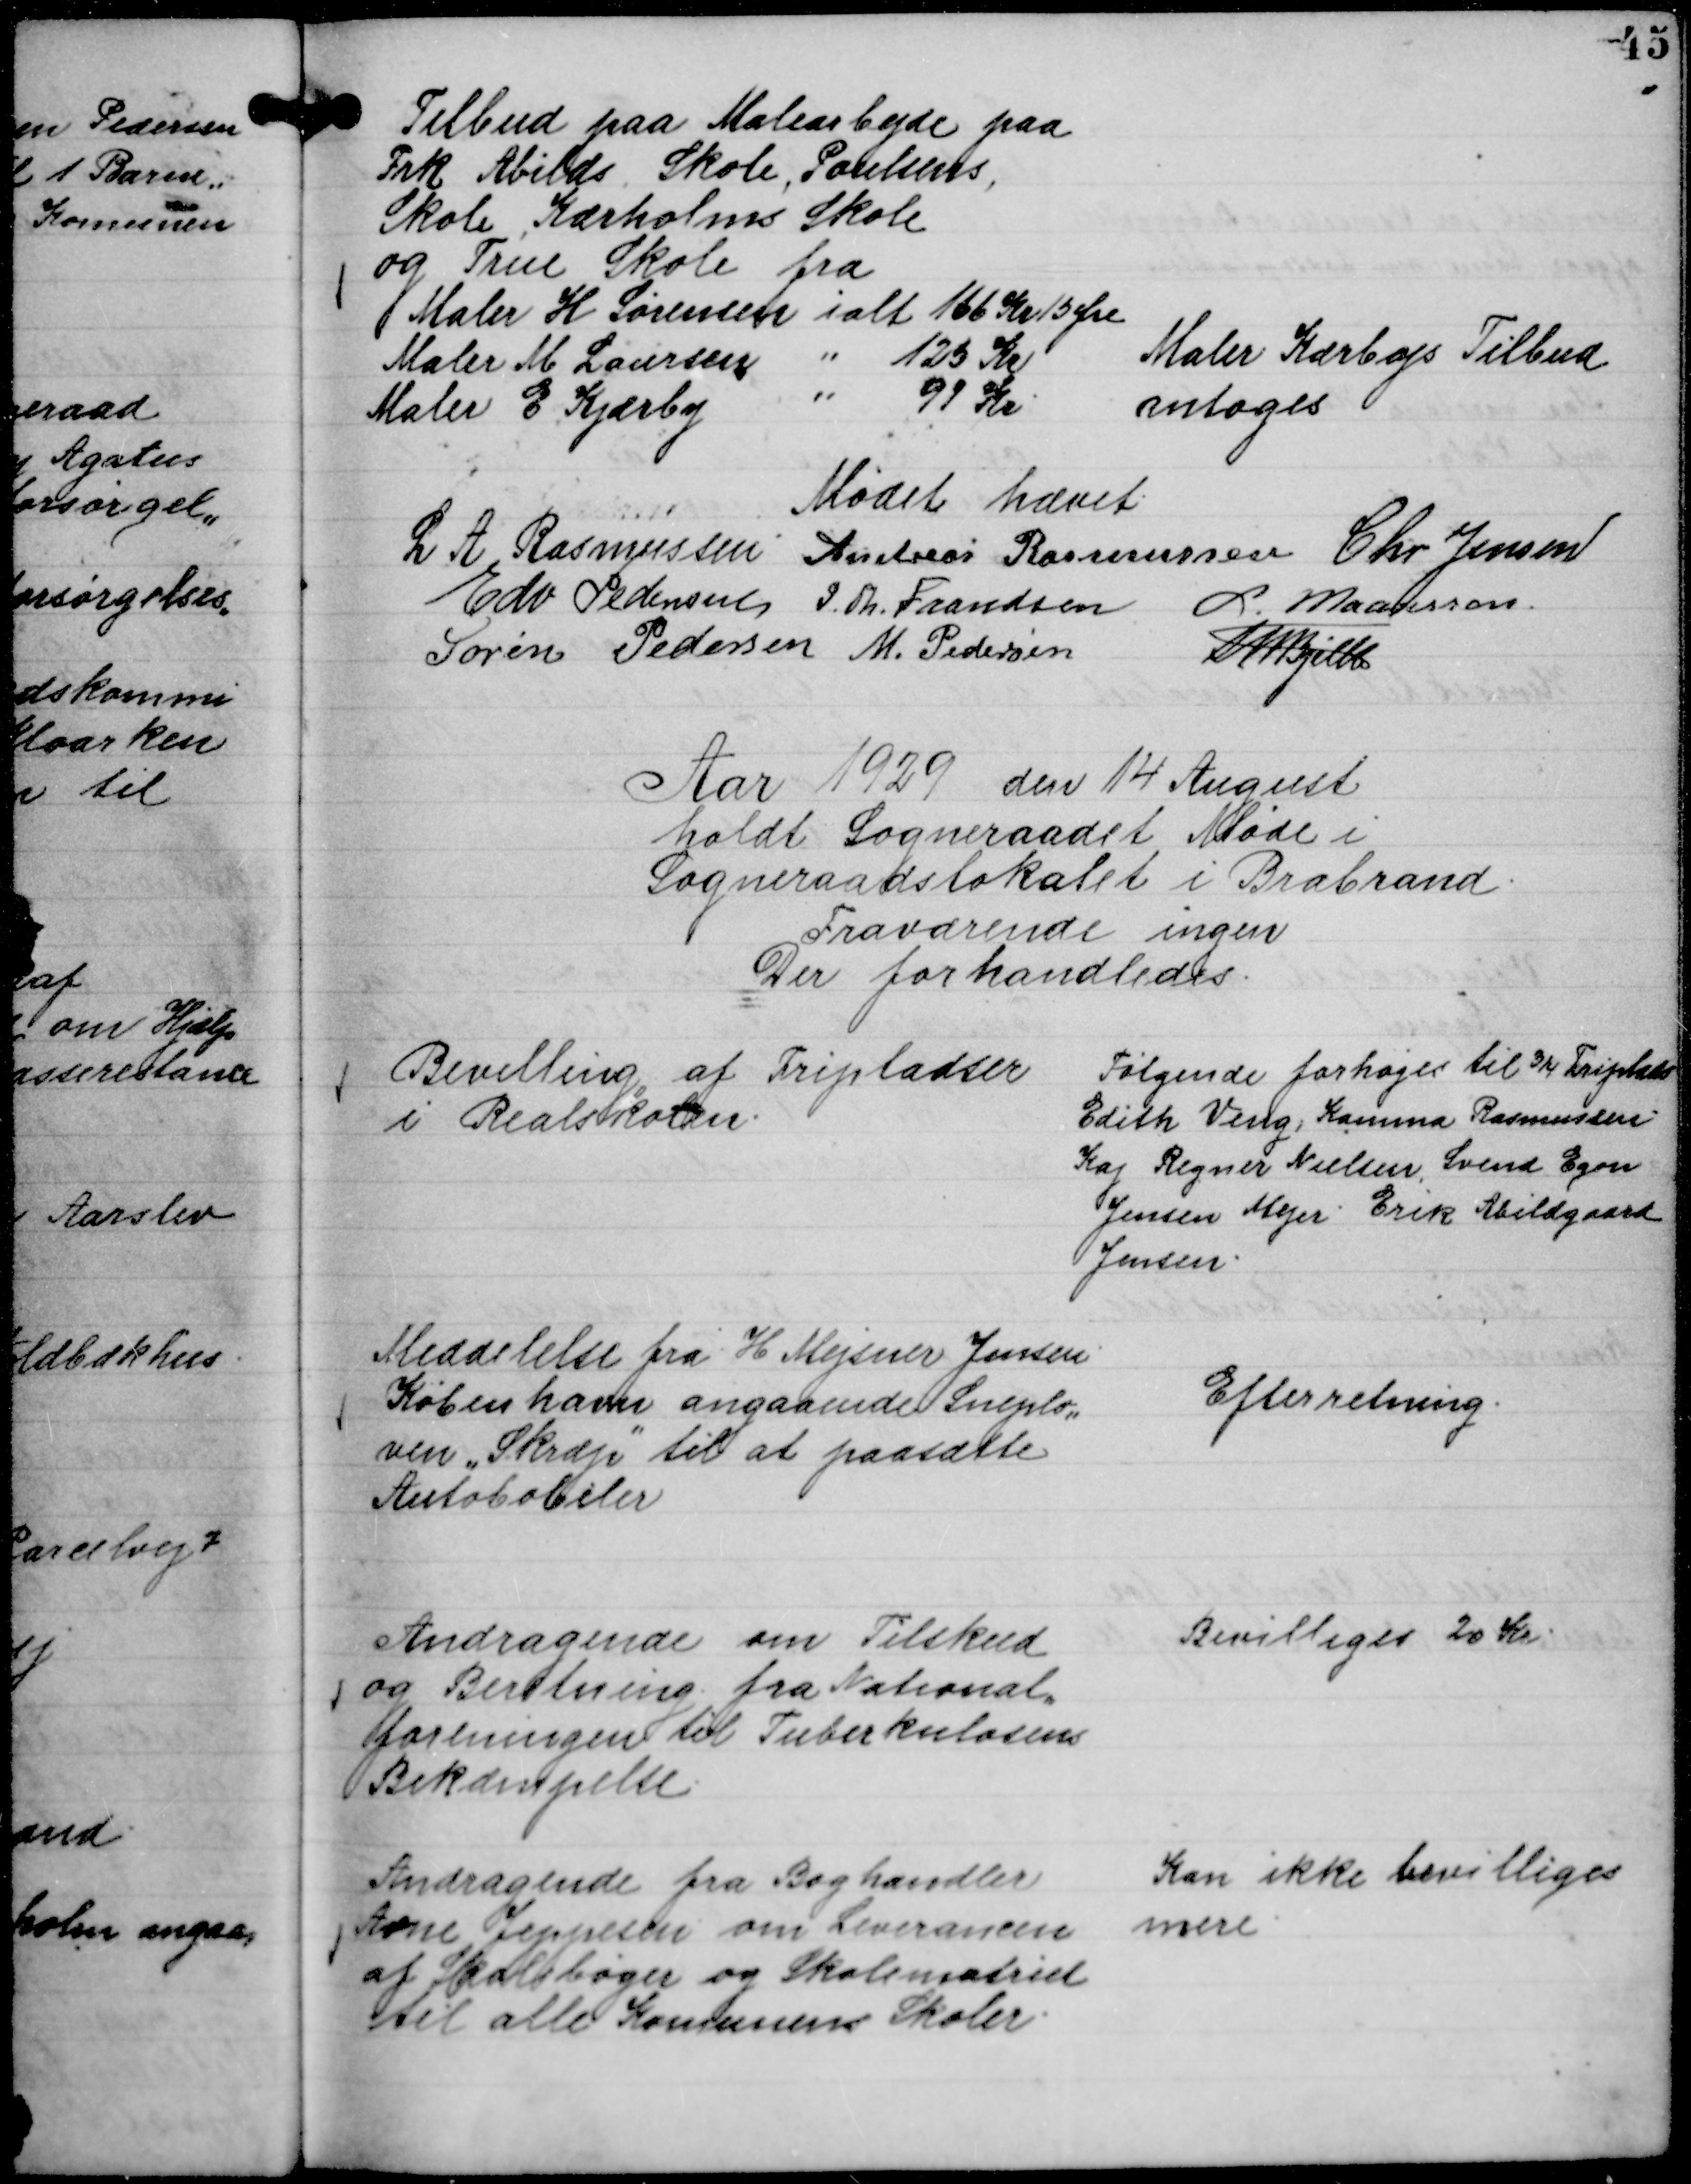
Transskription:
Tilbud paa Malearbejde paa
Frk Abilds Skole, Poulsens,
Skole Kærholms Skole
og True Skole fra
Maler H Sørensen ialt 166 Kr 15 Øre
Maler M. Laursen " 125 Kr
Maler E Kjærby " 99 Kr.

Maler Kærbys Tilbud
antoges

Mødet hævet.
L A Rasmussen
Andreas Rasmussen
Chr Jensen
Edv Pedersen
P. Th. Frandsen
L. Maansson
Søren Pedersen
M. Pedersen
Th Bjelke

Aar 1929 den 14 August
holdt Sogneraadet Møde i
Sogneraadslokalet i Brabrand.
Fraværende ingen
Der forhandledes.

Bevilling af Fripladser
i Realskolen.

Følgende forhøjes til ¾ Friplads
Edith Veng, Kamma Rasmussen
Kaj Regner Nielsen, Svend Egon
Jensen Mejer Erik Abildgaard
Jensen.

Meddelelse fra H Mejsner Jensen
København angaaende Sneplo,,
ven "Skræp"

til at paasætte
Autobobiler

Efterretning.

Andragende om Tilskud
og Beretning fra National,,
foreningen til Tuberkulosens
Bekæmpelse.

Bevilliges 20 Kr.

Andragende fra Boghandler
Arne Jeppesen om Leverancen
af Skolebøger og Skolematriel
til alle Komunens Skoler.

Kan ikke bevilliges
mere.